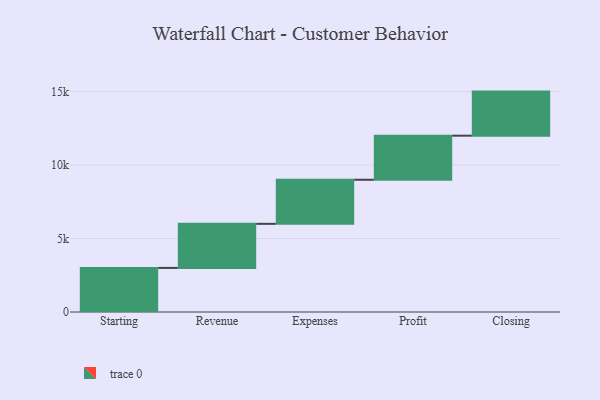
{"axis": {"x": "Step", "y": "Value"}, "legend": [""], "data": [{"x": "Starting", "y": 3000, "type": ""}, {"x": "Revenue", "y": 3000, "type": ""}, {"x": "Expenses", "y": 3000, "type": ""}, {"x": "Profit", "y": 3000, "type": ""}, {"x": "Closing", "y": 3000, "type": ""}]}